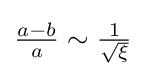
{\tfrac {a-b}{a}}\sim {\tfrac {1}{\sqrt {\xi }}}